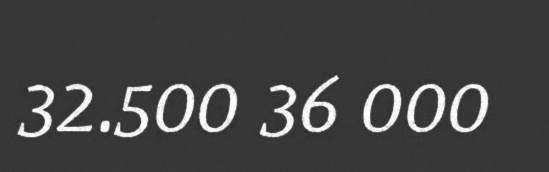
32.500 36 000